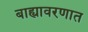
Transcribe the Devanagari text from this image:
बाह्यावरणात